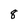
Character: 8